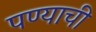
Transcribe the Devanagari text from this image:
पण्याची